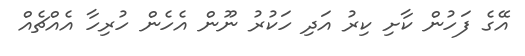
އޭގެ ފަހުން ކާށި ކިރު އަދި ހަކުރު ނޫން އެހެން ހުރިހާ އެއްޗެއް